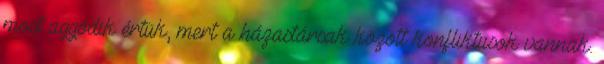
most aggódik értük, mert a házastársak között konfliktusok vannak.